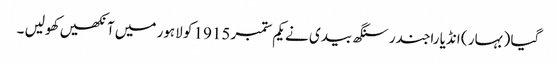
گیا ( بہار ) انڈیا راجندر سنگھ بیدی نے یکم ستمبر 1915 کو لاہور میں آنکھیں کھولیں ۔